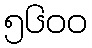
၅၆၀၀